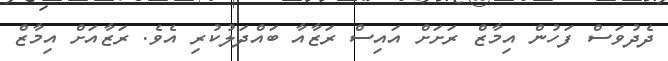
ދެދުވަސް ފަހުން އިމާޒް ރަށަށް އައިސް ރަޒާއާ ބައްދަލުކުރި އެވެ. ރަޒާއަށް އިމާޒް